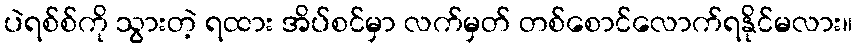
ပဲရစ်စ်ကို သွားတဲ့ ရထား အိပ်စင်မှာ လက်မှတ် တစ်စောင်လောက်ရနိုင်မလား။